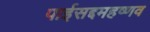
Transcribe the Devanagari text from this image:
पाईसद्दमहष्णव